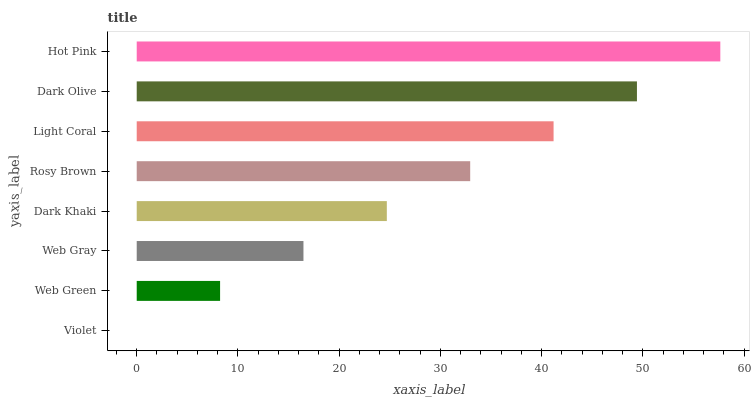
| yaxis_label | bars |
 | --- | --- |
 | Violet | 0 |
 | Web Green | 8.23 |
 | Web Gray | 16.5 |
 | Dark Khaki | 24.7 |
 | Rosy Brown | 32.9 |
 | Light Coral | 41.2 |
 | Dark Olive | 49.4 |
 | Hot Pink | 57.6 |